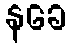
နခေ